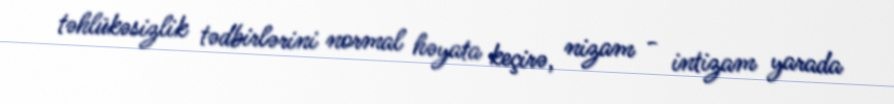
təhlükəsizlik tədbirlərini normal həyata keçirə, nizam - intizam yarada